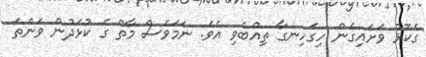
ގެކޮޅު ވަށައިގެން ހިގަހިނގާ ތިއްބެވި އެވެ. ނަމަވެސް މާތް ގެ ކުޅަދުން ވަންތަ